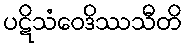
ပဋိသံဝေဒိဿသီတိ